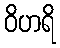
ဝိဟရိ